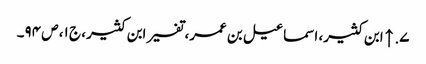
۷. ↑ ابن کثیر، اسماعیل بن عمر، تفسیر ابن کثیر، ج ۱، ص ۹۴۔